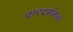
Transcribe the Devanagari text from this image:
पारदर्शकत्व